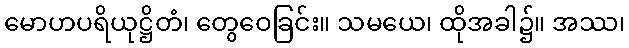
မောဟပရိယုဋ္ဌိတံ၊ တွေဝေခြင်း။ သမယေ၊ ထိုအခါ၌။ အဿ၊